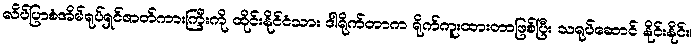
လိပ်ပြာစံအိမ်ရုပ်ရှင်ဇာတ်ကားကြီးကို ထိုင်းနိုင်ငံသား ဒါရိုက်တာက ရိုက်ကူးထားတာဖြစ်ပြီး သရုပ်ဆောင် နိုင်းနိုင်း၊